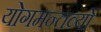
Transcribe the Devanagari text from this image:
योगमन्तव्यों